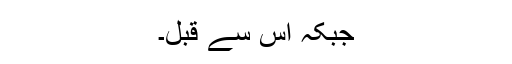
جبکہ اس سے قبل۔